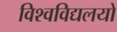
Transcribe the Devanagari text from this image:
विश्वविद्यलयो